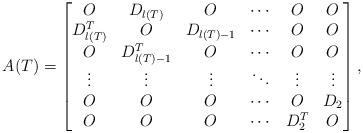
LaTeX: \begin{align*} A(T) &= \begin{bmatrix} O & D_{l(T)} & O & \cdots & O & O\\ D_{l(T)}^T & O & D_{l(T)-1} & \cdots & O & O\\ O & D_{l(T)-1}^T & O & \cdots & O & O\\ \vdots & \vdots & \vdots & \ddots & \vdots & \vdots\\ O & O & O & \cdots & O & D_2\\ O & O & O & \cdots & D_2^T & O \end{bmatrix},\end{align*}